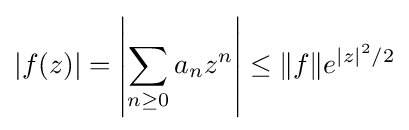
|f(z)|=\left|\sum _{n\geq 0}a_{n}z^{n}\right|\leq \|f\|e^{|z|^{2}/2}